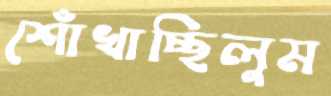
শোঁখাচ্ছিলুম